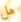
هل